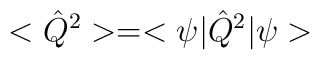
<\hat Q^2>=<\psi|\hat Q^2|\psi>